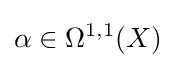
\alpha \in \Omega ^{1,1}(X)